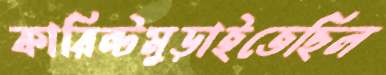
কারিন্টমুড়াইতেছিল